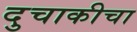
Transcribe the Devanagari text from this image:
दुचाकीचा